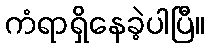
ကံရာရှိနေခဲ့ပါပြီ။